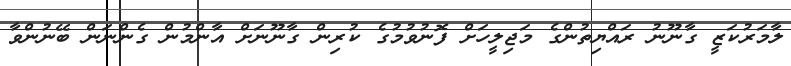
ލާމަރުކަޒީ ގާނޫނު ރައްޔިތުންގެ މަޖިލީހަށް ފޮނުވުމުގެ ކުރިން ގާނޫނަށް އާންމުން ގެންނަން ބޭނުންވާ